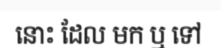
នោះ ដែល មក ឬ ទៅ